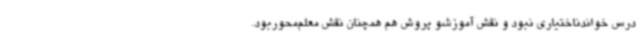
درس خواندناختیاری نبود و نقش آموزشو پروش هم همچنان نقش معلم‌محوربود.